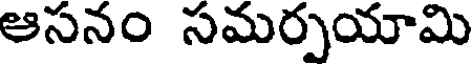
ఆసనం సమర్పయామి